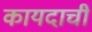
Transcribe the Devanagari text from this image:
कायदाची